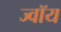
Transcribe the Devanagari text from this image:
ज्वॉय